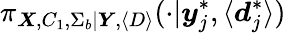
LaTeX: \pi_{\boldsymbol{X},C_{1},\Sigma_{b}|\boldsymbol{Y},\left\langle D\right\rangle}(\cdot|\boldsymbol{y}_{j}^{*},\langle\boldsymbol{d}_{j}^{*}\rangle)